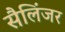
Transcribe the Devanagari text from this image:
सैलिंजर